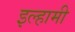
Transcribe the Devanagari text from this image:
इल्हामी